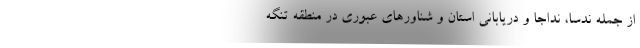
از جمله ندسا، نداجا و دریابانی استان و شناورهای عبوری در منطقه تنگه